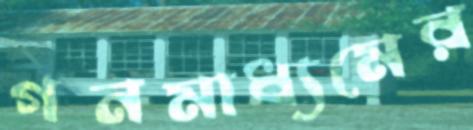
গনমাধ্যমের